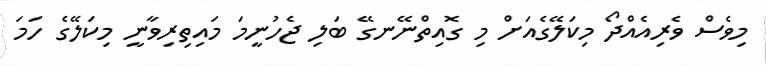
މިވެސް ވެރިއެއްދޯ މިކަލޭގެއަށް މި ގޮއިތްނޭނގޭ ބަލި ޖެހުނީމަ މައިތިރިވާނީ މިކަލޭގެ ހަމަ